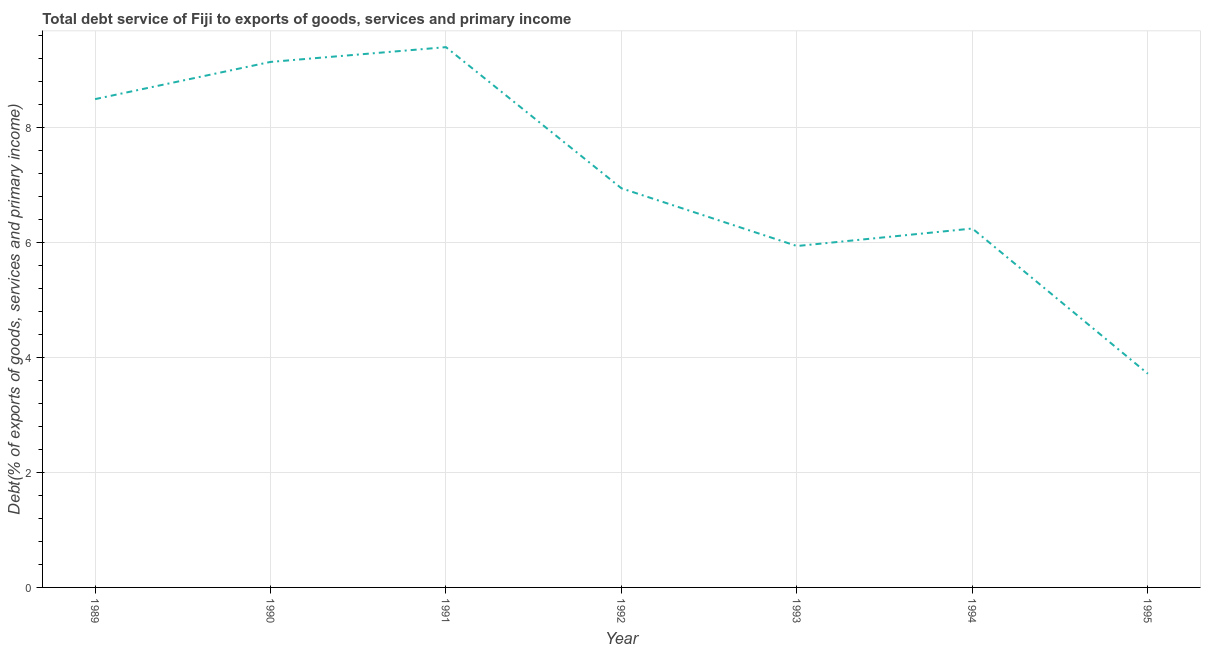
| Year | Total debt service |
 | --- | --- |
 | 1989 | 8.5 |
 | 1990 | 9.15 |
 | 1991 | 9.4 |
 | 1992 | 6.95 |
 | 1993 | 5.94 |
 | 1994 | 6.25 |
 | 1995 | 3.72 |